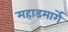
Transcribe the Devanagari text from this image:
महाडमार्गे